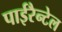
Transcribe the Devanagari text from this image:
पाईरैन्टेल